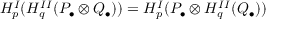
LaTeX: H _ { p } ^ { I } ( H _ { q } ^ { I I } ( P _ { \bullet } \otimes Q _ { \bullet } ) ) = H _ { p } ^ { I } ( P _ { \bullet } \otimes H _ { q } ^ { I I } ( Q _ { \bullet } ) )